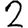
Digit: 2